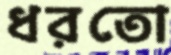
ধরতো